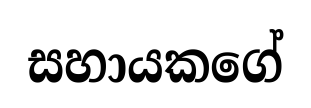
සහායකගේ